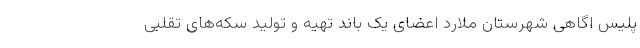
پلیس اگاهی شهرستان ملارد اعضای یک باند تهیه و تولید سکه‌های تقلبی